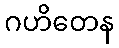
ဂဟိတေန